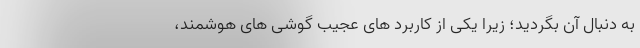
به دنبال آن بگردید؛ زیرا یکی از کاربرد های عجیب گوشی های هوشمند،